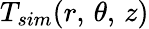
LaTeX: T_{sim}(r,\, \theta,\, z)